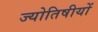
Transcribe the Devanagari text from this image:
ज्योतिषीयों